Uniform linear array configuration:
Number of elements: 4
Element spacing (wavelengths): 0.5
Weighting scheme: cosine
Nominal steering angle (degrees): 0
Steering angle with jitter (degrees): -0.5101
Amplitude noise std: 0.05
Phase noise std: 0.05

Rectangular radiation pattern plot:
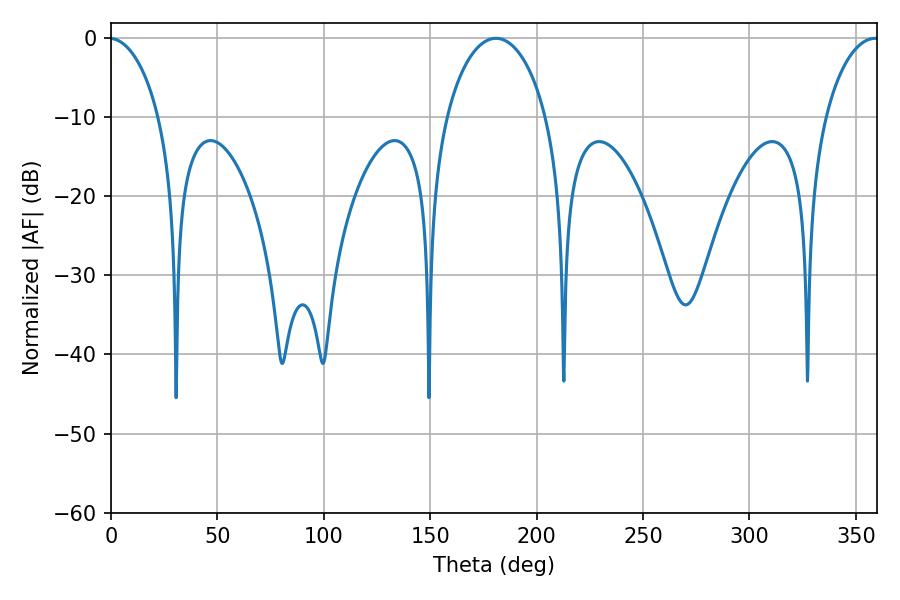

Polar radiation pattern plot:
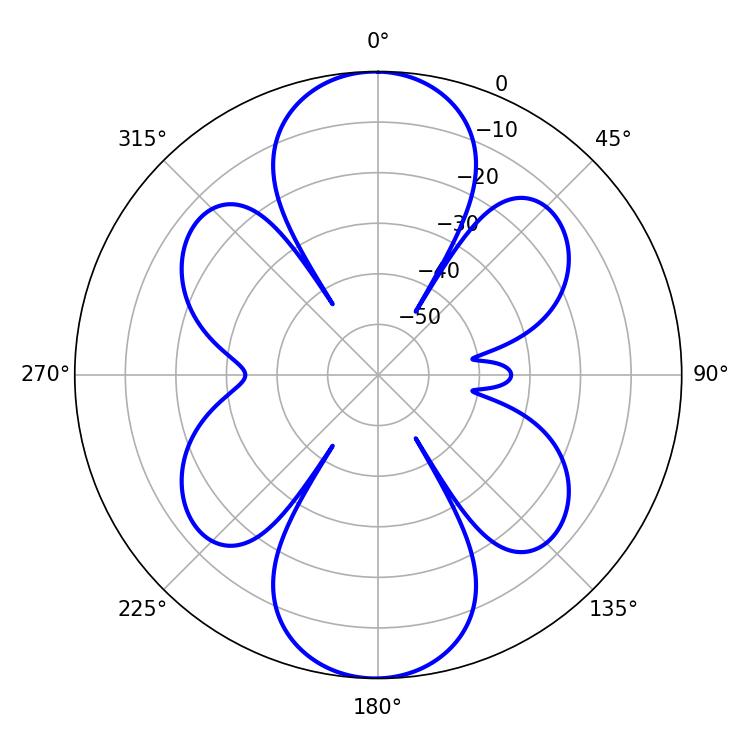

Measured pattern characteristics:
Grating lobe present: FALSE
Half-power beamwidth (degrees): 27
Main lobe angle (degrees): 180.9